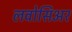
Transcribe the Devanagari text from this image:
लवोसिअर